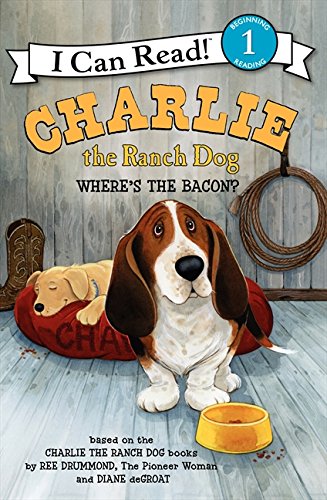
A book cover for Charlie the Ranch Dog: Where's the Bacon? (I Can Read Level 1); Ree Drummond; Children's Books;